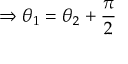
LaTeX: \Rightarrow \theta _ { 1 } = \theta _ { 2 } + { \frac { \pi } { 2 } }